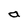
Character: a